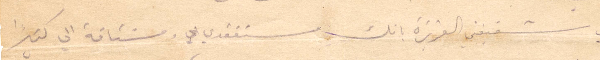
لي شقيقتي العزيزة بانك مستفقدي ومشتاقة الى كثيرًا